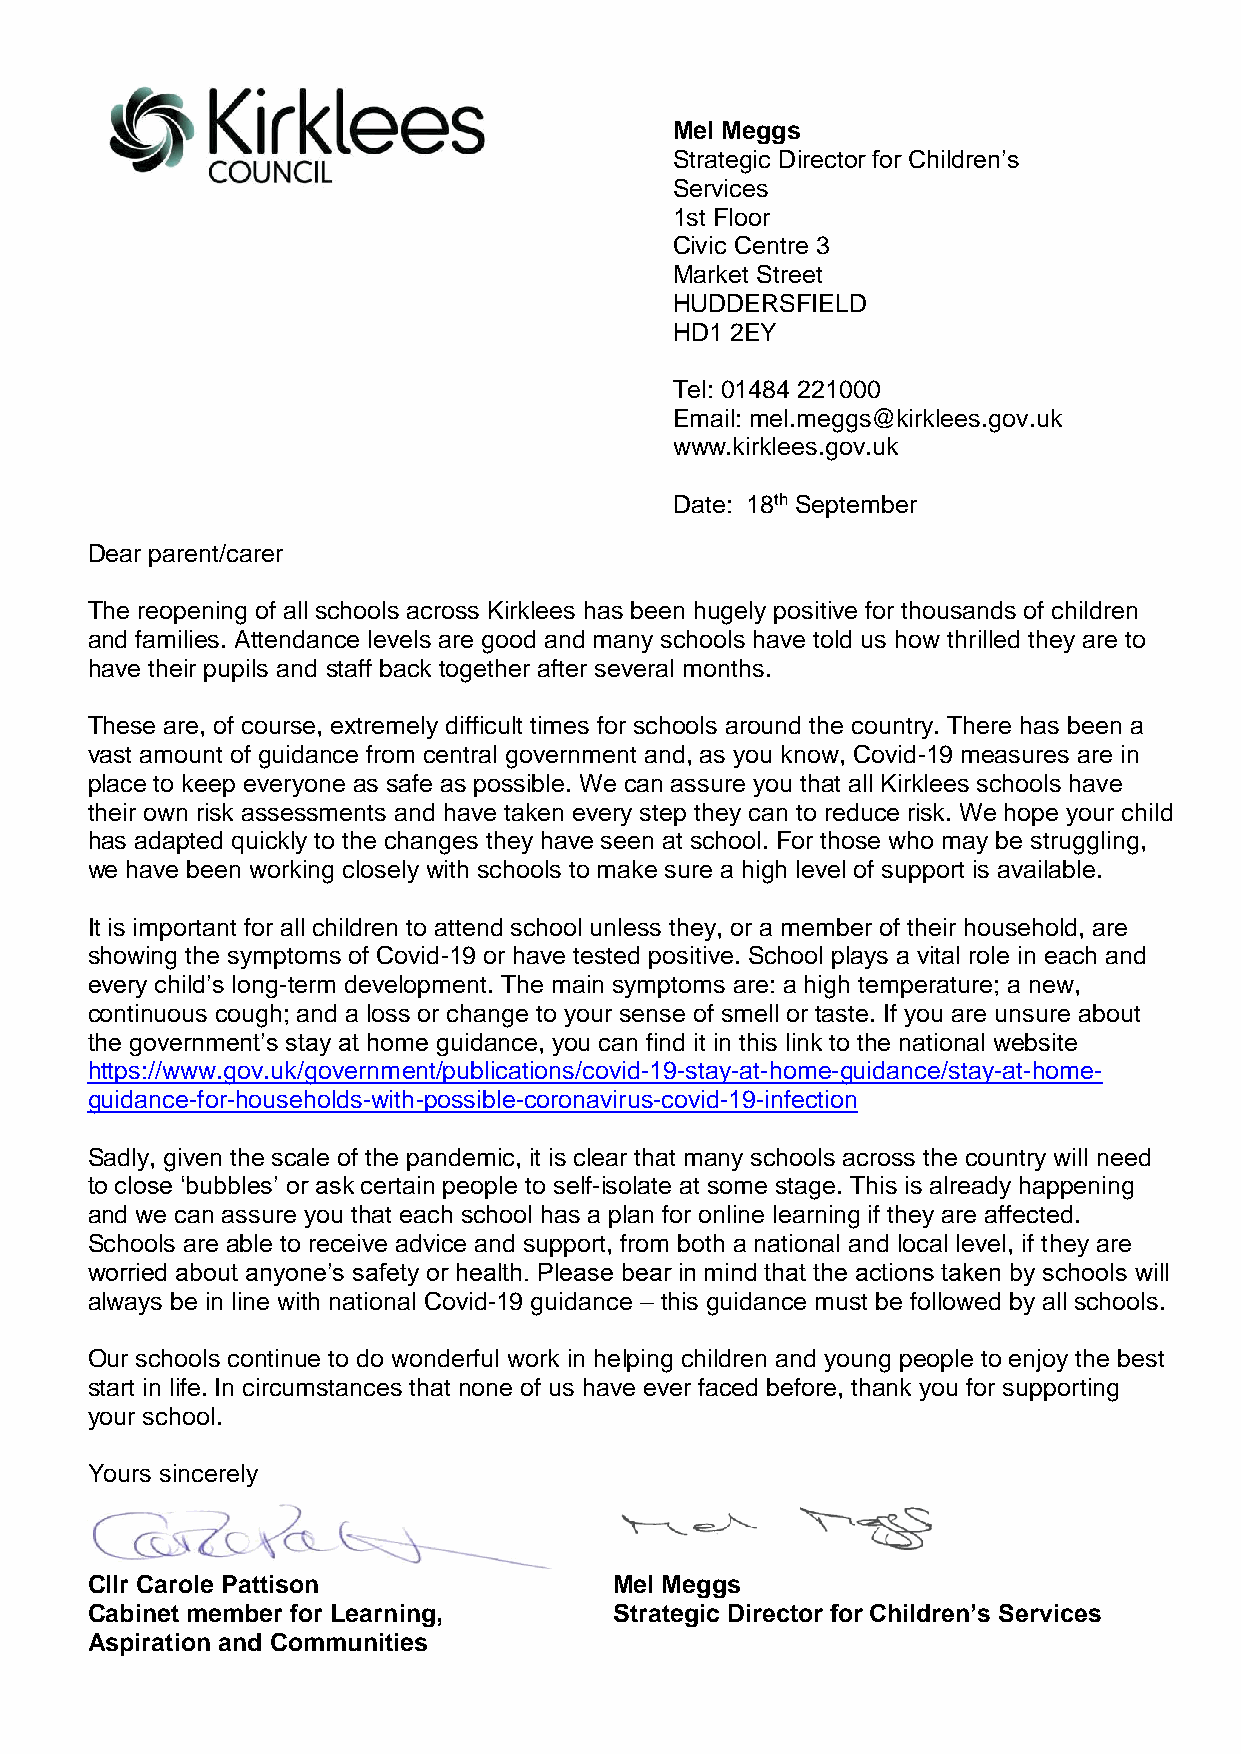
Mel Meggs
 Strategic Director for Children’s
 Services
 1st Floor
 Civic Centre 3
 Market Street
 HUDDERSFIELD
 HD1 2EY
 Tel: 01484 221000
 Email: mel.meggs@kirklees.gov.uk
 www.kirklees.gov.uk
 Date: 18th September
 Dear parent/carer
 The reopening of all schools across Kirklees has been hugely positive for thousands of children
 and families. Attendance levels are good and many schools have told us how thrilled they are to
 have their pupils and staff back together after several months.
 These are, of course, extremely difficult times for schools around the country. There has been a
 vast amount of guidance from central government and, as you know, Covid-19 measures are in
 place to keep everyone as safe as possible. We can assure you that all Kirklees schools have
 their own risk assessments and have taken every step they can to reduce risk. We hope your child
 has adapted quickly to the changes they have seen at school. For those who may be struggling,
 we have been working closely with schools to make sure a high level of support is available.
 It is important for all children to attend school unless they, or a member of their household, are
 showing the symptoms of Covid-19 or have tested positive. School plays a vital role in each and
 every child’s long-term development. The main symptoms are: a high temperature; a new,
 continuous cough; and a loss or change to your sense of smell or taste. If you are unsure about
 the government’s stay at home guidance, you can find it in this link to the national website
 https://www.gov.uk/government/publications/covid-19-stay-at-home-guidance/stay-at-home-
 guidance-for-households-with-possible-coronavirus-covid-19-infection
 Sadly, given the scale of the pandemic, it is clear that many schools across the country will need
 to close ‘bubbles’ or ask certain people to self-isolate at some stage. This is already happening
 and we can assure you that each school has a plan for online learning if they are affected.
 Schools are able to receive advice and support, from both a national and local level, if they are
 worried about anyone’s safety or health. Please bear in mind that the actions taken by schools will
 always be in line with national Covid-19 guidance – this guidance must be followed by all schools.
 Our schools continue to do wonderful work in helping children and young people to enjoy the best
 start in life. In circumstances that none of us have ever faced before, thank you for supporting
 your school.
 Yours sincerely
 Cllr Carole Pattison               Mel Meggs
 Cabinet member for Learning,       Strategic Director for Children’s Services
 Aspiration and Communities